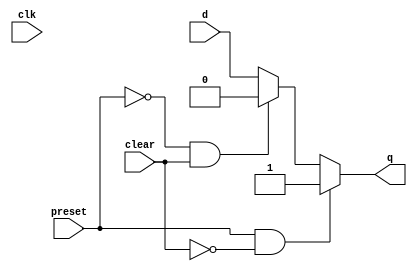
`timescale 1ns / 1ps
//////////////////////////////////////////////////////////////////////////////////
// Company: 
// Engineer: 
// 
// Design Name: 
// Module Name: dff_SR
// Project Name: 
// Target Devices: 
// Tool Versions: 
// Description: 
// 
// Dependencies: 
// 
// Revision:
// Revision 0.01 - File Created
// Additional Comments:
// 
//////////////////////////////////////////////////////////////////////////////////


module dff_PC(clk, d, preset, clear, q);

input d, clk, preset, clear;
    output q; 
    
    assign q = (preset == 1'b1 && clear == 1'b0) ? 1'b1 : (preset == 1'b0 && clear == 1'b1) ? 0 : d;

endmodule